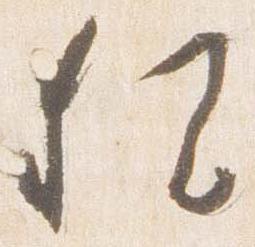
猶